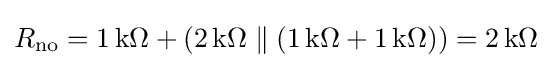
R_{\mathrm {no} }=1\,\mathrm {k} \Omega +(2\,\mathrm {k} \Omega \parallel (1\,\mathrm {k} \Omega +1\,\mathrm {k} \Omega ))=2\,\mathrm {k} \Omega